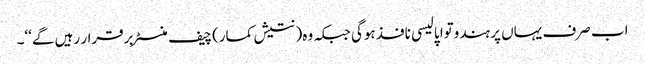
اب صرف یہاں پر ہندوتوا پالیسی نافذ ہوگی جبکہ وہ( نتیش کمار)چیف منسٹر برقرار رہیں گے‘‘۔